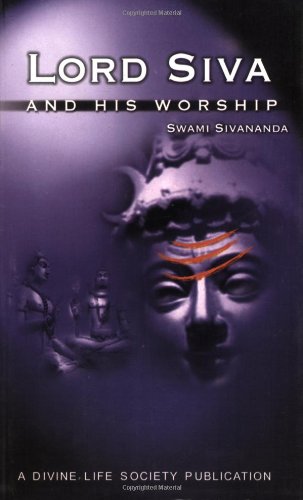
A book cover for Lord Siva and His Worship; Sivananda; Religion & Spirituality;